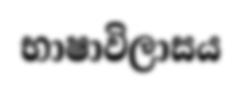
භාෂාවිලාසය